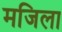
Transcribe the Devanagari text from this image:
मजिला